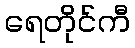
ရေတိုင်ကီ